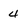
Character: 4